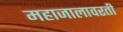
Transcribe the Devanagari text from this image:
महाजालावरती